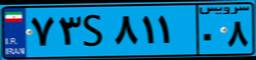
۷۳S۸۱۱۰۸